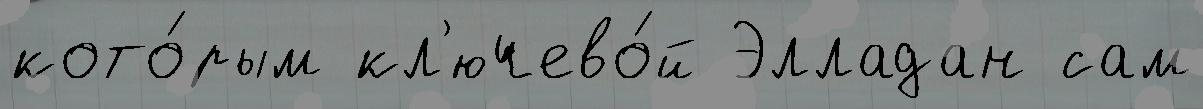
кото́рым кл'ючево́й Элладан сам